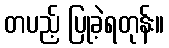
တပည့် ပြုခဲ့ရတုန်း။